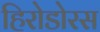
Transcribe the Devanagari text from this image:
हिरोडोरस